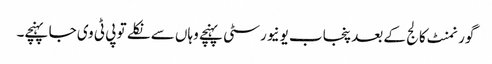
گورنمنٹ کالج کے بعد پنجاب یونیورسٹی پہنچے وہاں سے نکلے تو پی ٹی وی جا پہنچے۔